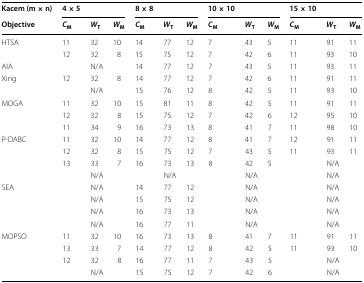
<table><thead><tr><td><b>Kacem (m × n)</b></td><td colspan="3"><b>4 × 5</b></td><td colspan="3"><b>8 × 8</b></td><td colspan="3"><b>10 × 10</b></td><td colspan="3"><b>15 × 10</b></td></tr><tr><td><b>Objective</b></td><td><b><i>C</i><sub>M</sub></b></td><td><b><i>W</i><sub>T</sub></b></td><td><b><i>W</i><sub>M</sub></b></td><td><b><i>C</i><sub>M</sub></b></td><td><b><i>W</i><sub>T</sub></b></td><td><b><i>W</i><sub>M</sub></b></td><td><b><i>C</i><sub>M</sub></b></td><td><b><i>W</i><sub>T</sub></b></td><td><b><i>W</i><sub>M</sub></b></td><td><b><i>C</i><sub>M</sub></b></td><td><b><i>W</i><sub>T</sub></b></td><td><b><i>W</i><sub>M</sub></b></td></tr></thead><tbody><tr><td rowspan="2">HTSA</td><td>11</td><td>32</td><td>10</td><td>14</td><td>77</td><td>12</td><td>7</td><td>43</td><td>5</td><td>11</td><td>91</td><td>11</td></tr><tr><td>12</td><td>32</td><td>8</td><td>15</td><td>75</td><td>12</td><td>7</td><td>42</td><td>6</td><td>11</td><td>93</td><td>10</td></tr><tr><td>AIA</td><td></td><td>N/A</td><td></td><td>14</td><td>77</td><td>12</td><td>7</td><td>43</td><td>5</td><td>11</td><td>93</td><td>11</td></tr><tr><td rowspan="2">Xing</td><td>12</td><td>32</td><td>8</td><td>14</td><td>77</td><td>12</td><td>7</td><td>42</td><td>6</td><td>11</td><td>91</td><td>11</td></tr><tr><td></td><td>N/A</td><td></td><td>15</td><td>76</td><td>12</td><td>8</td><td>42</td><td>5</td><td>11</td><td>93</td><td>10</td></tr><tr><td rowspan="3">MOGA</td><td>11</td><td>32</td><td>10</td><td>15</td><td>81</td><td>11</td><td>8</td><td>42</td><td>5</td><td>11</td><td>91</td><td>11</td></tr><tr><td>12</td><td>32</td><td>8</td><td>15</td><td>75</td><td>12</td><td>7</td><td>42</td><td>6</td><td>12</td><td>95</td><td>10</td></tr><tr><td>11</td><td>34</td><td>9</td><td>16</td><td>73</td><td>13</td><td>8</td><td>41</td><td>7</td><td>11</td><td>98</td><td>10</td></tr><tr><td rowspan="4">P-DABC</td><td>11</td><td>32</td><td>10</td><td>14</td><td>77</td><td>12</td><td>8</td><td>41</td><td>7</td><td>12</td><td>91</td><td>11</td></tr><tr><td>12</td><td>32</td><td>8</td><td>15</td><td>75</td><td>12</td><td>7</td><td>43</td><td>5</td><td>11</td><td>93</td><td>11</td></tr><tr><td>13</td><td>33</td><td>7</td><td>16</td><td>73</td><td>13</td><td>8</td><td>42</td><td>5</td><td></td><td>N/A</td><td></td></tr><tr><td></td><td>N/A</td><td></td><td></td><td>N/A</td><td></td><td></td><td>N/A</td><td></td><td></td><td>N/A</td><td></td></tr><tr><td rowspan="4">SEA</td><td></td><td>N/A</td><td></td><td>14</td><td>77</td><td>12</td><td></td><td>N/A</td><td></td><td></td><td>N/A</td><td></td></tr><tr><td></td><td>N/A</td><td></td><td>15</td><td>75</td><td>12</td><td></td><td>N/A</td><td></td><td></td><td>N/A</td><td></td></tr><tr><td></td><td>N/A</td><td></td><td>16</td><td>73</td><td>13</td><td></td><td>N/A</td><td></td><td></td><td>N/A</td><td></td></tr><tr><td></td><td>N/A</td><td></td><td>16</td><td>77</td><td>11</td><td></td><td>N/A</td><td></td><td></td><td>N/A</td><td></td></tr><tr><td rowspan="4">MOPSO</td><td>11</td><td>32</td><td>10</td><td>16</td><td>73</td><td>13</td><td>8</td><td>41</td><td>7</td><td>11</td><td>91</td><td>11</td></tr><tr><td>13</td><td>33</td><td>7</td><td>14</td><td>77</td><td>12</td><td>8</td><td>42</td><td>5</td><td>11</td><td>93</td><td>10</td></tr><tr><td>12</td><td>32</td><td>8</td><td>16</td><td>77</td><td>11</td><td>7</td><td>43</td><td>5</td><td></td><td>N/A</td><td></td></tr><tr><td></td><td>N/A</td><td></td><td>15</td><td>75</td><td>12</td><td>7</td><td>42</td><td>6</td><td></td><td>N/A</td><td></td></tr></tbody></table>